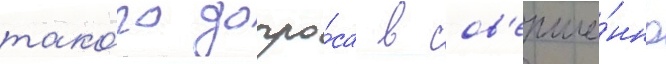
тако́го допро́са в сов'ерше́нно